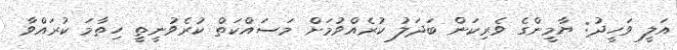
އަލީ ވަހީދު: ޔާމީންގެ ވެރިކަން ބަދަލު ކުރެއްވުމަށް މަސައްކަތް ކުރެވުނީތީ ހިތާމަ ކުރައްވާ